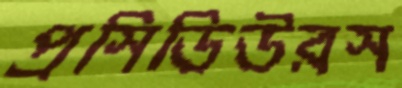
প্রসিডিউরস